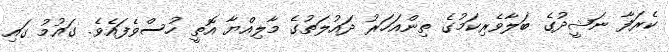
ކެރަފާ ނަޝީދުގެ ބަލާވެރިކަމުގެ ތިންއަހަރު ދައުލަތުގެ މާލިއްޔާ އޮތީ ހުސްވެފައެވެ. ގައުމު ގައި